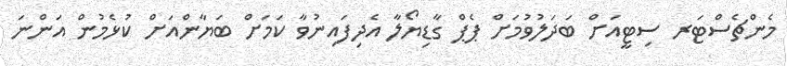
މެންޗެސްޓަރ ސިޓީއަށް ބަދަލުވުމަށް ޕެޕް ގާޑިޔޯލާ އެދިފައިނުވާ ކަމަށް ބަޔާންއަށް ކުޅެމުން އަންނަ